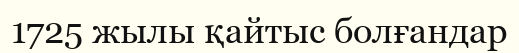
1725 жылы қайтыс болғандар